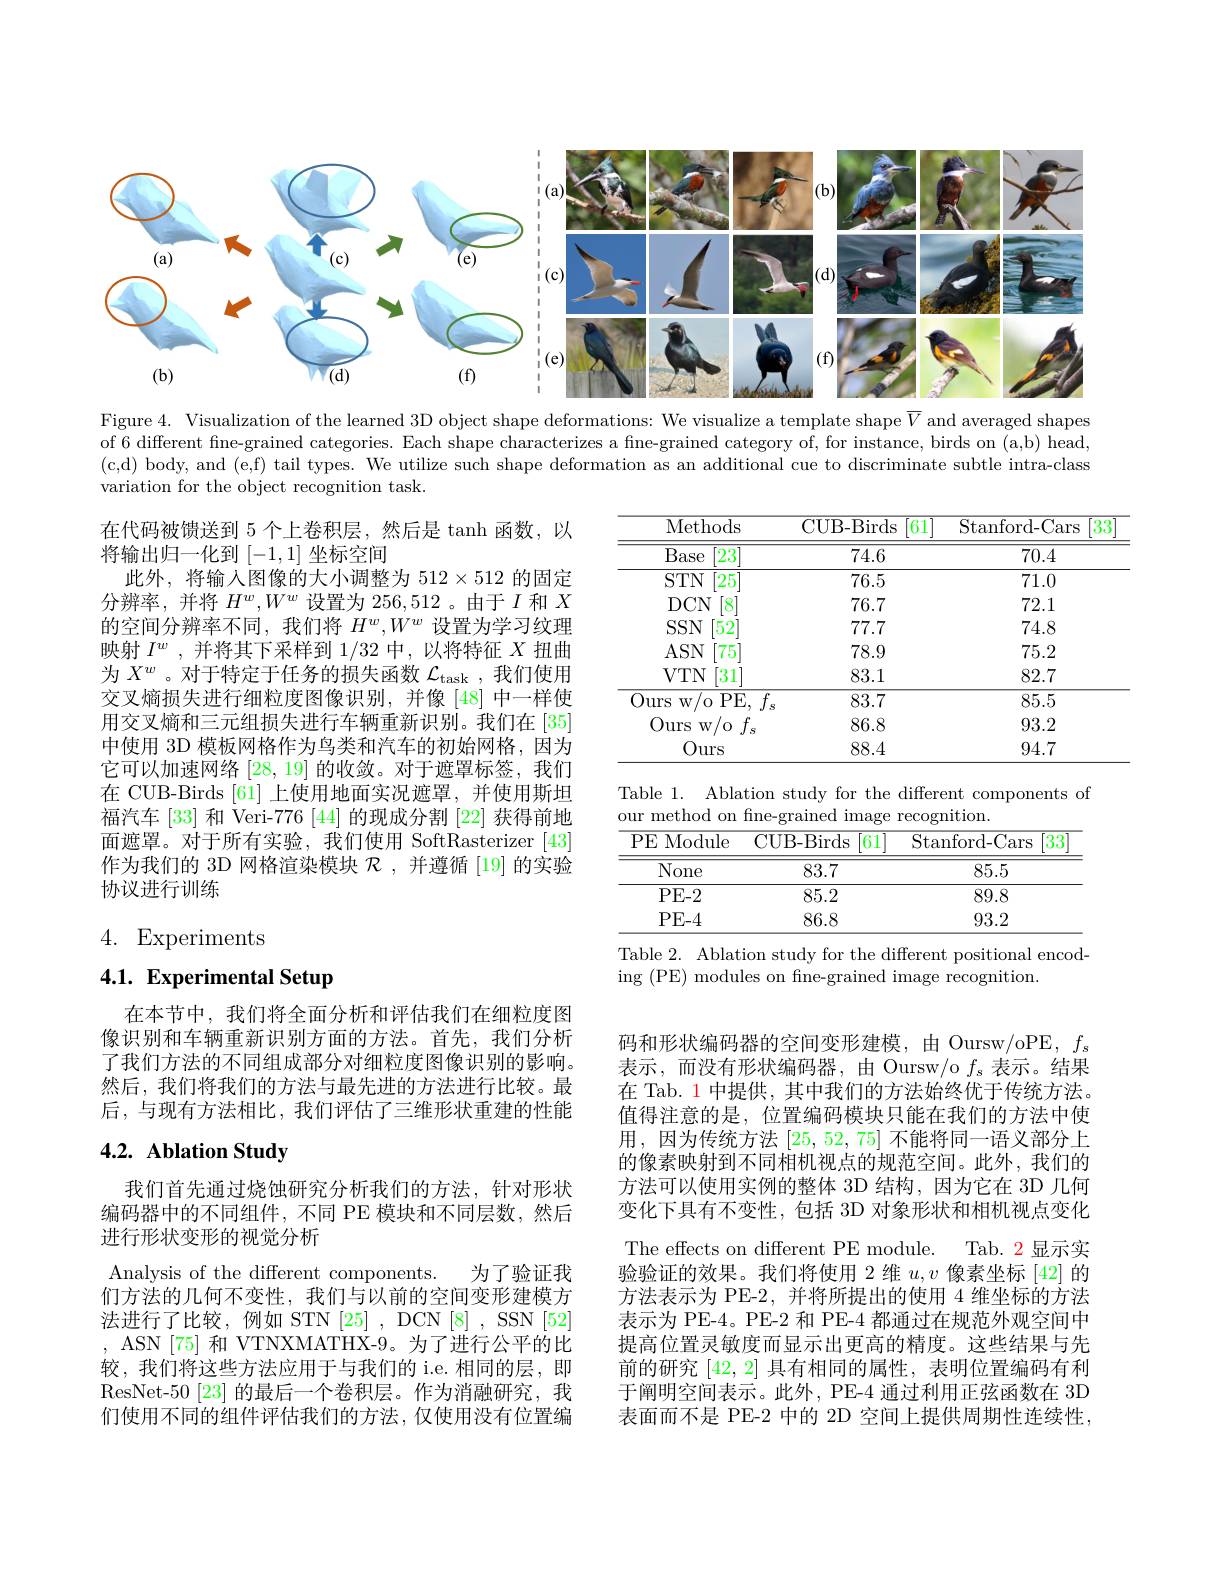
<FigureHere>

Figure 4. Visualization of the learned 3D object shape deformations: We visualize a template shape $\overline{V}$ and averaged shapes of 6 different fine-grained categories. Each shape characterizes a fine-grained category of, for instance, birds on (a,b) head, (c,d) body, and (e,f) tail types. We utilize such shape deformation as an additional cue to discriminate subtle intra-class variation for the object recognition task.

<table>
	<tbody>
		<tr>
			<th>Methods</th>
			<th>CUB- Birds 61</th>
			<th>Stanford-Cars 33</th>
		</tr>
		<tr>
			<td>$\overline{\mathrm{Base}}$ $\overline{23}$</td>
			<td>74.6</td>
			<td>70.4</td>
		</tr>
		<tr>
			<td>$STN$ 25</td>
			<td>76.5</td>
			<td>71.0</td>
		</tr>
		<tr>
			<td>$DCN$ [8]</td>
			<td>76.7</td>
			<td>72.1</td>
		</tr>
		<tr>
			<td>$SSN$ 52</td>
			<td>77.7</td>
			<td>74.8</td>
		</tr>
		<tr>
			<td>$ASN$ 75</td>
			<td>78.9</td>
			<td>75.2</td>
		</tr>
		<tr>
			<td>$VTN$ 31</td>
			<td>83.1</td>
			<td>82.7</td>
		</tr>
		<tr>
			<td>PE urs $W$ 0</td>
			<td>83.7 3</td>
			<td>85.5</td>
		</tr>
		<tr>
			<td>Ours $W$</td>
			<td>86.8</td>
			<td>93.2</td>
		</tr>
		<tr>
			<td>Ours</td>
			<td>88.4</td>
			<td>94.7</td>
		</tr>
	</tbody>
</table>

在代码被馈送到 5 个上卷积层，然后是 tanh 函数，以
将输出归一化到[-1,1]坐标空间
此外，将输入图像的大小调整为$512\times512$的固定分辨率，并将$H^w,W^w$设置为 256,512 。由于$I$和$X$ 的空间分辨率不同，我们将$H^w,W^w$设置为学习纹理映射$I^w$ , 并将其下采样到1/32中，以将特征$X$扭曲为$X^w$。对于特定于任务的损失函数$\mathcal{L}_\mathrm{task}$,我们使用交叉熵损失进行细粒度图像识别，并像[48]中一样使用交叉熵和三元组损失进行车辆重新识别。我们在 [35] 中使用 3D 模板网格作为鸟类和汽车的初始网格，因为它可以加速网络[28,19]的收敛。对于遮罩标签，我们在 CUB-Birds [61] 上使用地面实况遮罩，并使用斯坦福汽车 [33] 和 Veri-776 [44] 的现成分割 [22] 获得前地面遮罩。对于所有实验，我们使用 SoftRasterizer [43] 作为我们的 3D 网格渲染模块$\mathcal{R}$,并遵循 [19] 的实验协议进行训练

Table 1. Ablation study for the different components of
<table>
	<tbody>
		<tr>
			<th>PE Module</th>
			<th>CUB- Birds $\dot{6}1$</th>
			<th>Stanford- Cars 33</th>
		</tr>
		<tr>
			<td>$\overline{\mathrm{None}}$</td>
			<td>83.7</td>
			<td>85.5</td>
		</tr>
		<tr>
			<td>PE- 2</td>
			<td>85.2</td>
			<td>89.8</td>
		</tr>
		<tr>
			<td>PE- 4</td>
			<td>86.8</td>
			<td>93.2</td>
		</tr>
	</tbody>
</table>

4. Experiments

Table 2. Ablation study for the different positional encod-
ing (PE) modules on fne-grained image recognition

# 4.1. Experimental Setup

在本节中，我们将全面分析和评估我们在细粒度图像识别和车辆重新识别方面的方法。首先，我们分析了我们方法的不同组成部分对细粒度图像识别的影响。然后，我们将我们的方法与最先进的方法进行比较。最后，与现有方法相比，我们评估了三维形状重建的性能

# 4.2. Ablation Study

码和形状编码器的空间变形建模，由 Oursw/oPE, $f_s$ 表示，而没有形状编码器，由 Oursw/o $f_s$表示。结果在 Tab. 1 中提供，其中我们的方法始终优于传统方法。值得注意的是，位置编码模块只能在我们的方法中使用，因为传统方法[25,52,75]不能将同一语义部分上的像素映射到不同相机视点的规范空间。此外，我们的方法可以使用实例的整体 3D 结构，因为它在 3D 几何变化下具有不变性，包括 3D 对象形状和相机视点变化The effects on different PE module. Tab. 2 显示实验验证的效果。我们将使用 2 维$u,v$像素坐标 [42] 的方法表示为 PE-2,并将所提出的使用 4 维坐标的方法表示为 PE-4。PE-2 和 PE-4 都通过在规范外观空间中提高位置灵敏度而显示出更高的精度。这些结果与先前的研究[42,2]具有相同的属性，表明位置编码有利于阐明空间表示。此外，PE-4 通过利用正弦函数在 3D 表面而不是 PE-2 中的 2D 空间上提供周期性连续性

我们首先通过烧蚀研究分析我们的方法，针对形状编码器中的不同组件，不同 PE 模块和不同层数，然后进行形状变形的视觉分析
Analysis of the different components. 为了验证我们方法的几何不变性，我们与以前的空间变形建模方法进行了比较，例如 STN[25], DCN[8], SSN[52] , ASN [75] 和 VTNXMATHX-9。为了进行公平的比较，我们将这些方法应用于与我们的 i.e. 相同的层，即ResNet-50 [23] 的最后一个卷积层。作为消融研究，我们使用不同的组件评估我们的方法，仅使用没有位置编